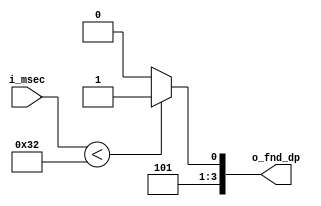
`timescale 1ns / 1ps
//////////////////////////////////////////////////////////////////////////////////
// Company: 
// Engineer: 
// 
// Design Name: 
// Module Name: comperator_point
// Project Name: 
// Target Devices: 
// Tool Versions: 
// Description: 
// 
// Dependencies: 
// 
// Revision:
// Revision 0.01 - File Created
// Additional Comments:
// 
//////////////////////////////////////////////////////////////////////////////////


module comperator_point(
        input[6:0] i_msec,
        output[3:0] o_fnd_dp
    );

    assign o_fnd_dp = (i_msec < 50) ? 11 : 10;
endmodule